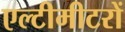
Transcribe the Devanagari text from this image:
एल्टीमीटरों